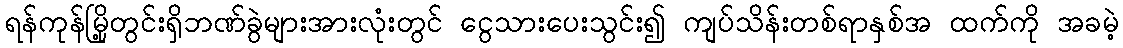
ရန်ကုန်မြို့တွင်းရှိဘဏ်ခွဲများအားလုံးတွင် ငွေသားပေးသွင်း၍ ကျပ်သိန်းတစ်ရာနှစ်အ ထက်ကို အခမဲ့